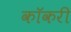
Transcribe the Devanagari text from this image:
कॉकरी